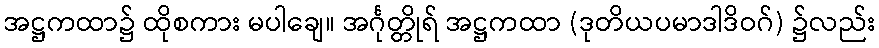
အဋ္ဌကထာ၌ ထိုစကား မပါချေ။ အင်္ဂုတ္တိုရ် အဋ္ဌကထာ (ဒုတိယပမာဒါဒိဝဂ်) ၌လည်း